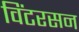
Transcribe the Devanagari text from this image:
विंटरसन